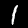
Digit: 1